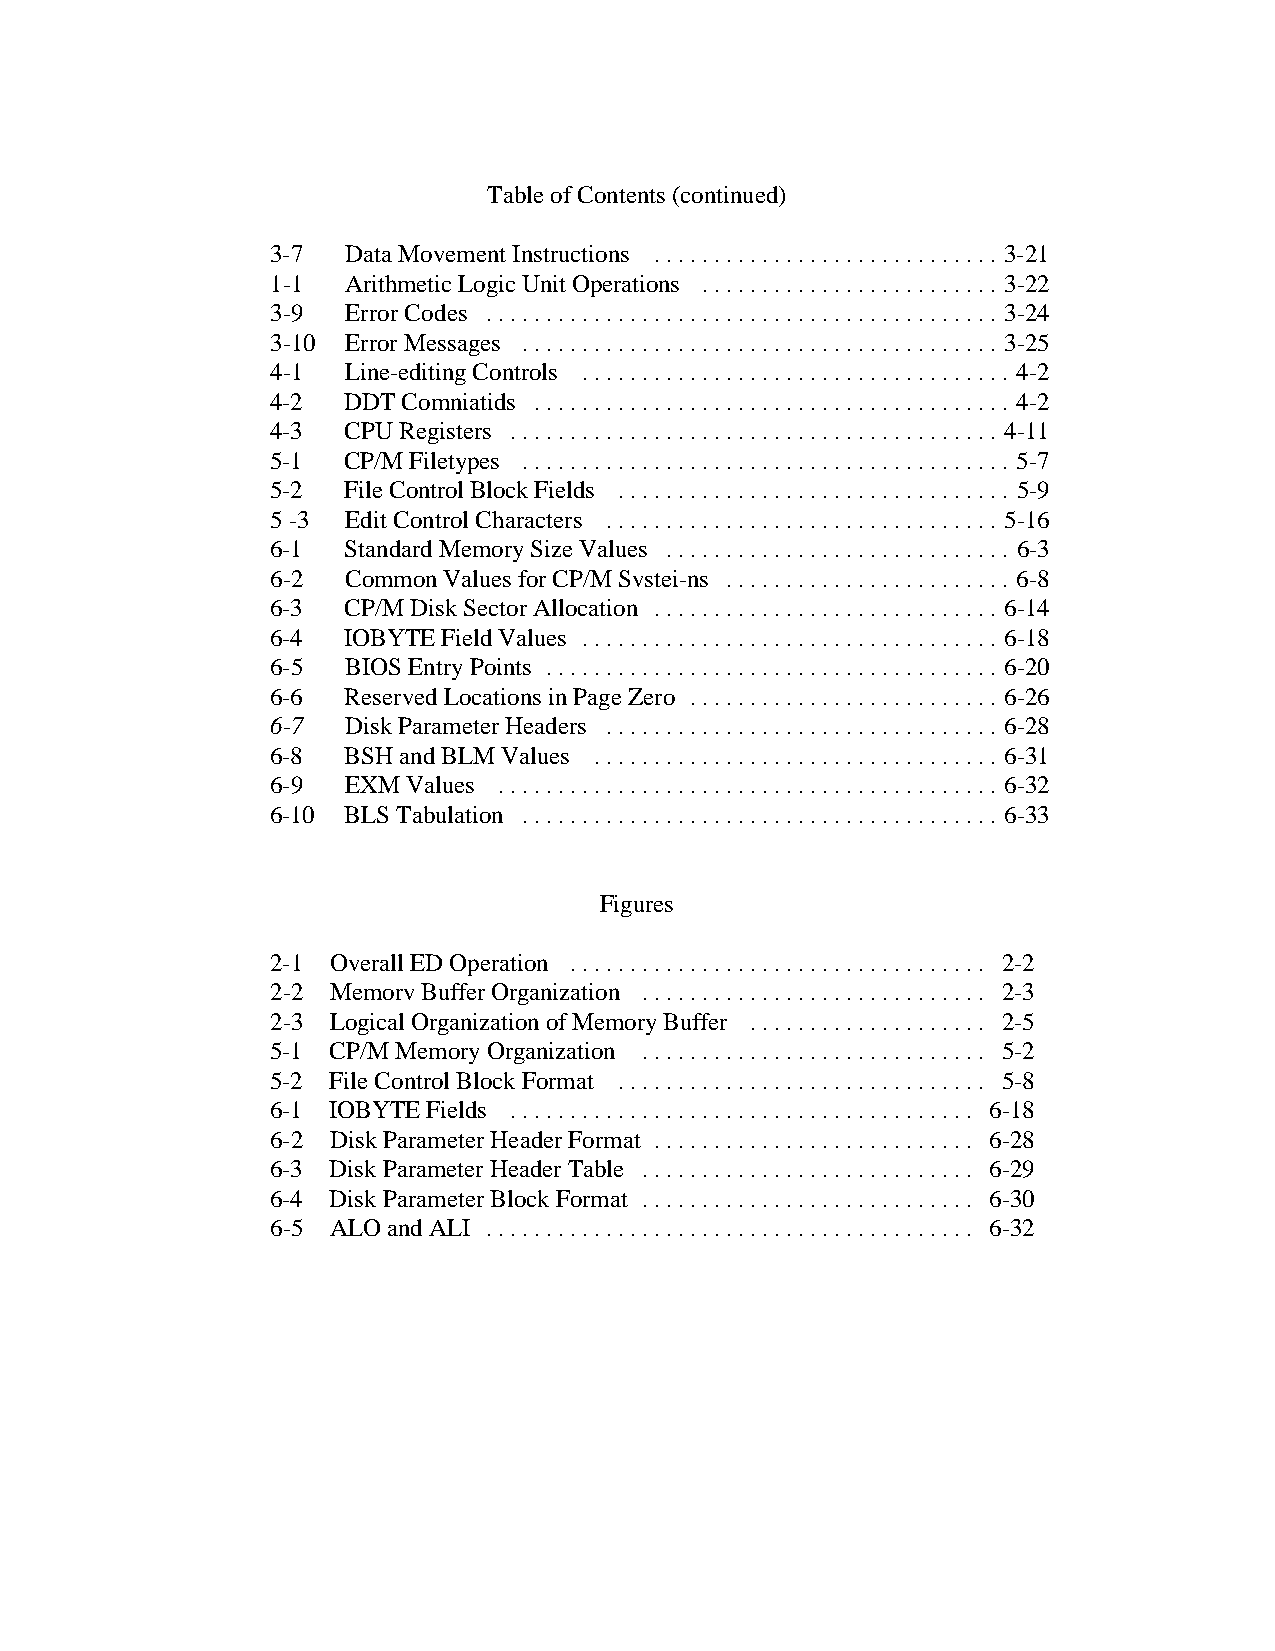
Table of Contents (continued)
 3-7  Data Movement Instructions ............................. 3-21
 1-1  Arithmetic Logic Unit Operations ......................... 3-22
 3-9  Error Codes ........................................... 3-24
 3-10 Error Messages ........................................ 3-25
 4-1  Line-editing Controls .................................... 4-2
 4-2  DDT Comniatids ........................................ 4-2
 4-3  CPU Registers ......................................... 4-11
 5-1  CP/M Filetypes ......................................... 5-7
 5-2  File Control Block Fields ................................. 5-9
 5 -3 Edit Control Characters ................................. 5-16
 6-1  Standard Memory Size Values ............................. 6-3
 6-2  Common Values for CP/M Svstei-ns ........................ 6-8
 6-3  CP/M Disk Sector Allocation ............................. 6-14
 6-4  IOBYTE Field Values ................................... 6-18
 6-5  BIOS Entry Points ...................................... 6-20
 6-6  Reserved Locations in Page Zero .......................... 6-26
 6-7  Disk Parameter Headers ................................. 6-28
 6-8  BSH and BLM Values .................................. 6-31
 6-9  EXM Values .......................................... 6-32
 6-10 BLS Tabulation ........................................ 6-33
 Figures
 2-1 Overall ED Operation ................................... 2-2
 2-2 Memorv Buffer Organization ............................. 2-3
 2-3 Logical Organization of Memory Buffer .................... 2-5
 5-1 CP/M Memory Organization ............................. 5-2
 5-2 File Control Block Format ............................... 5-8
 6-1 IOBYTE Fields ....................................... 6-18
 6-2 Disk Parameter Header Format ........................... 6-28
 6-3 Disk Parameter Header Table ............................ 6-29
 6-4 Disk Parameter Block Format ............................ 6-30
 6-5 ALO and ALI ......................................... 6-32